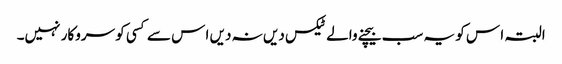
البتہ ا س کو یہ سب بیچنے والے ٹیکس دیں نہ دیں ا س سے کسی کو سروکار نہیں۔